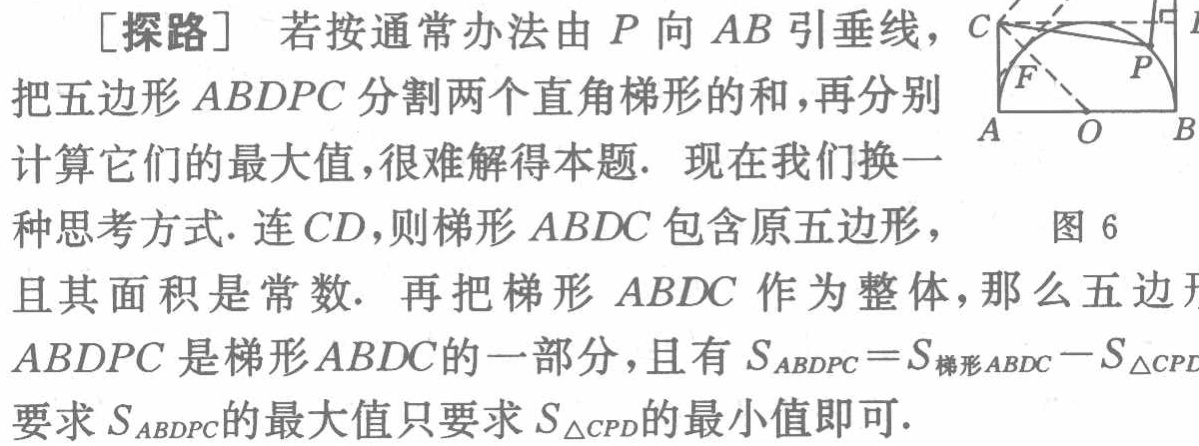
[探路] 若按通常办法由 \(P\) 向 \(AB\) 引垂线，把五边形 \(AB DPC\) 分割两个直角梯形的和，再分别计算它们的最大值，很难解得本题. 现在我们换一种思考方式. 连 \(CD\)，则梯形 \(ABDC\) 包含原五边形，且其面积是常数. 再把梯形 \(ABDC\) 作为整体，那么五边形 \(AB DPC\) 是梯形 \(ABDC\) 的一部分，且有 \(S_{AB DPC}=S_{梯形ABDC}-S_{\triangle CPD}\). 要求 \(S_{AB DPC}\) 的最大值只要求 \(S_{\triangle CPD}\) 的最小值即可.
图 6